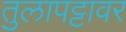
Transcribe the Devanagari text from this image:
तुलापट्टावर